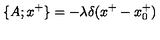
\{ A ; x ^ { + } \} = - \lambda \delta ( x ^ { + } - x _ { 0 } ^ { + } )